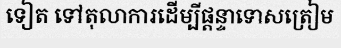
ទៀត ទៅតុលាការដើម្បីផ្តន្ទាទោសត្រៀម